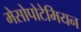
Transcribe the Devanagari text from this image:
मेसोपोटेमियन